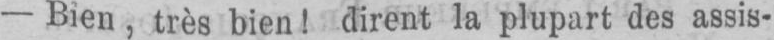
- Bien, très bien! dirent la plupart des assis-